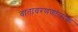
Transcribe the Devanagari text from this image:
वातावरणणात्मक